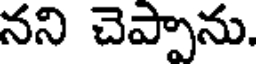
నని చెప్పాను.